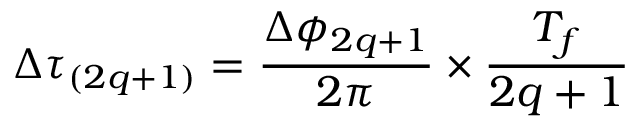
\Delta \tau _ { ( 2 q + 1 ) } = \frac { \Delta \phi _ { 2 q + 1 } } { 2 \pi } \times \frac { T _ { f } } { 2 q + 1 }